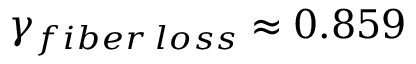
\gamma _ { f i b e r \: l o s s } \approx 0 . 8 5 9